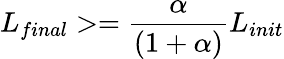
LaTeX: L_{final}>=\frac{\alpha}{(1+\alpha)}L_{init}